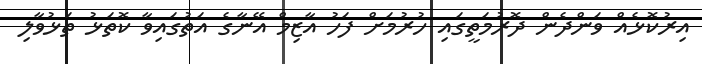
އިރުކޮޅެއް ވަންދެން ދޮރުމަތީގައި ހުރުމަށް ފަހު އާޒިމް އޭނާގެ އަތުގައިވާ ކޮތަޅު ތަޅުވާލި